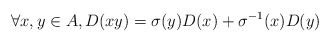
\begin{align*} \forall x, y \in A, D(xy) = \sigma(y)D(x) + \sigma^{-1}(x)D(y)\end{align*}